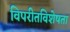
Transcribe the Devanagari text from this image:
विपरीतविशेषता